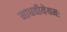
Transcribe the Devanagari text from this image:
माधवीयेयमः